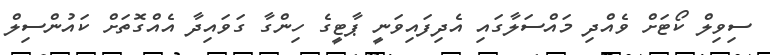
ސިވިލް ކޯޓަށް ވެއްދި މައްސަލާގައި އެދިފައިވަނީ ޕާޓީގެ ހިންގާ ގަވައިދާ އެއްގޮތަށް ކައުންސިލް